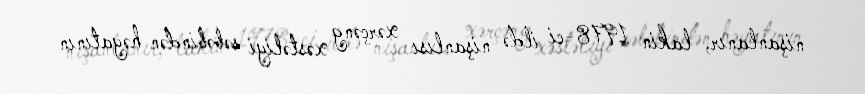
nişanlanır, lakin 1978-ci ildə nişanlısı xərçəng xəstəliyi səbəbindən həyatının